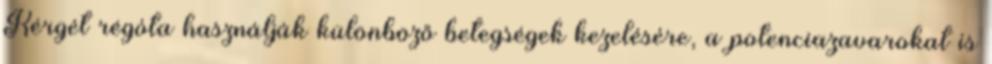
Kérgét régóta használják különböző betegségek kezelésére, a potenciazavarokat is